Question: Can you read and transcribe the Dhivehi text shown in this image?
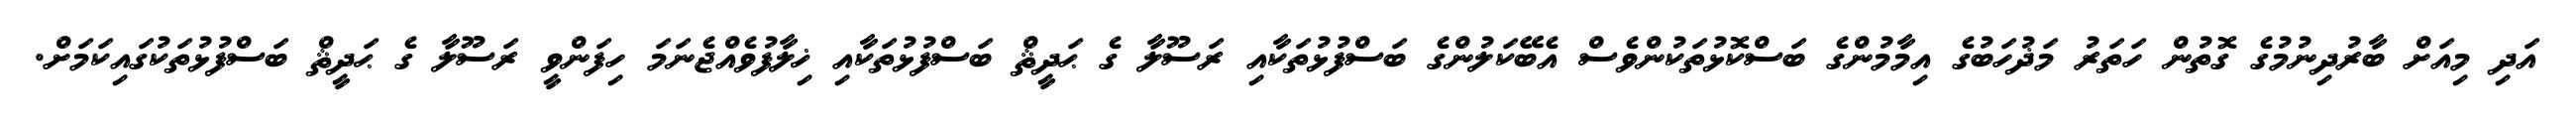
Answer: އަދި މިއަށް ބާރުދިނުމުގެ ގޮތުން ހަތަރު މަޛުހަބުގެ އިމާމުންގެ ބަސްކޮޅުތަކުންވެސް އެބޭކަލުންގެ ބަސްފުޅުތަކާއި ރަސޫލާ ގެ ޙަދީޘް ބަސްފުޅުތަކާއި ޚިލާފުވެއްޖެނަމަ ހިފަންވީ ރަސޫލާ ގެ ޙަދީޘް ބަސްފުޅުތަކުގައިކަމަށް.